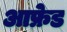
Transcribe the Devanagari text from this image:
आफ्रेड